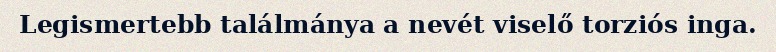
Legismertebb találmánya a nevét viselő torziós inga.